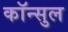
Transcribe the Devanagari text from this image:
कॉन्सुल